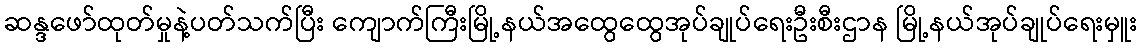
ဆန္ဒဖော်ထုတ်မှုနဲ့ပတ်သက်ပြီး ကျောက်ကြီးမြို့နယ်အထွေထွေအုပ်ချုပ်ရေးဦးစီးဌာန မြို့နယ်အုပ်ချုပ်ရေးမှူး